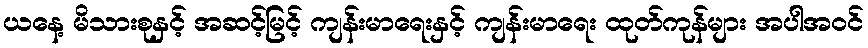
ယနေ့ မိသားစုနှင့် အဆင့်မြင့် ကျန်းမာရေးနှင့် ကျန်းမာရေး ထုတ်ကုန်များ အပါအဝင်